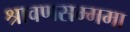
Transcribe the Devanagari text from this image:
श्रावणसम्ममा